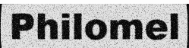
Philomel